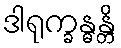
ဒါရုက္ခန္ဓန္တိ